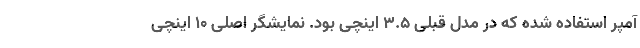
آمپر استفاده شده که در مدل قبلی 3.5 اینچی بود. نمایشگر اصلی 10 اینچی